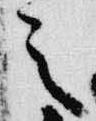
之